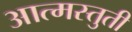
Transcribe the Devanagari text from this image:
आत्मस्तुती